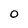
Character: 0